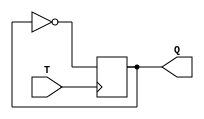
module t_flip_flop(
    input wire T,
    output reg Q
);

always @(posedge T) begin
    Q <= ~Q;
end

endmodule